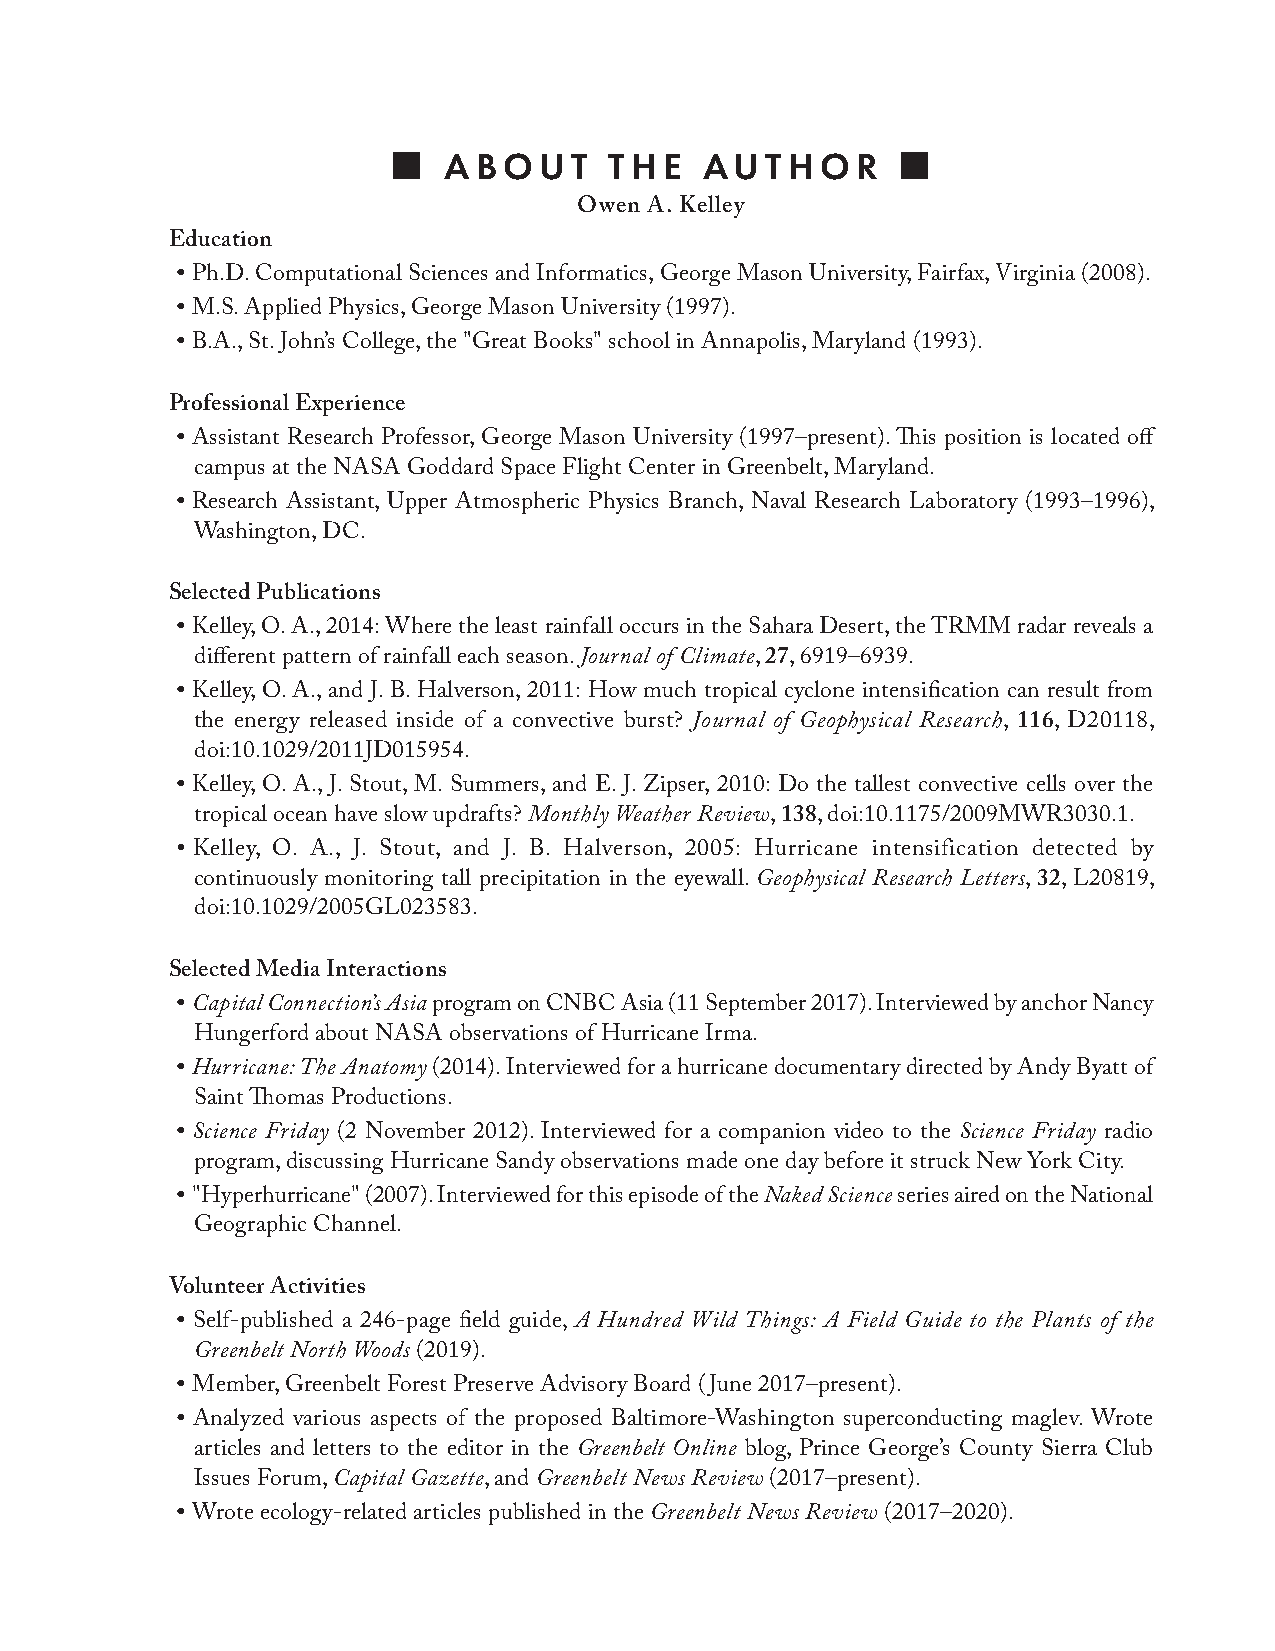
  ABOUT      THE    AUTHOR      
 Owen A Kelley
 Education
 •
 Ph.D. Computational Sciences and Informatics, George Mason University, Fairfax, Virginia (2008).
 •
 M.S. Applied Physics, George Mason University (1997).
 •
 B.A., St. John’s College, the "Great Books" school in Annapolis, Maryland (1993).
 Professional Experience
 •
 Assistant Research Professor, George Mason University (1997–present). This position is located off
 campus at the NASA Goddard Space Flight Center in Greenbelt, Maryland.
 •
 Research Assistant, Upper Atmospheric Physics Branch, Naval Research Laboratory (1993–1996),
 Washington, DC.
 Selected Publications
 •
 Kelley, O. A., 2014: Where the least rainfall occurs in the Sahara Desert, the TRMM radar reveals a
 different pattern of rainfall each season. Journal of Climate, 27, 6919–6939.
 •
 Kelley, O. A., and J. B. Halverson, 2011: How much tropical cyclone intensification can result from
 the energy released inside of a convective burst? Journal of Geophysical Research, 116, D20118,
 doi:10.1029/2011JD015954.
 •
 Kelley, O. A., J. Stout, M. Summers, and E. J. Zipser, 2010: Do the tallest convective cells over the
 tropical ocean have slow updrafts? Monthly Weather Review, 138, doi:10.1175/2009MWR3030.1.
 •
 Kelley, O. A., J. Stout, and J. B. Halverson, 2005: Hurricane intensification detected by
 continuously monitoring tall precipitation in the eyewall. Geophysical Research Letters, 32, L20819,
 doi:10.1029/2005GL023583.
 Selected Media Interactions
 •
 Capital Connection’s Asia program on CNBC Asia (11 September 2017). Interviewed by anchor Nancy
 Hungerford about NASA observations of Hurricane Irma.
 •
 Hurricane: The Anatomy (2014). Interviewed for a hurricane documentary directed by Andy Byatt of
 Saint Thomas Productions.
 •
 Science Friday (2 November 2012). Interviewed for a companion video to the Science Friday radio
 program, discussing Hurricane Sandy observations made one day before it struck New York City.
 •
 "Hyperhurricane" (2007). Interviewed for this episode of the Naked Science series aired on the National
 Geographic Channel.
 Volunteer Activities
 •
 Self-published a 246-page field guide, A Hundred Wild Things: A Field Guide to the Plants of the
 Greenbelt North Woods (2019).
 •
 Member, Greenbelt Forest Preserve Advisory Board (June 2017–present).
 •
 Analyzed various aspects of the proposed Baltimore-Washington superconducting maglev. Wrote
 articles and letters to the editor in the Greenbelt Online blog, Prince George’s County Sierra Club
 Issues Forum, Capital Gazette, and Greenbelt News Review (2017–present).
 •
 Wrote ecology-related articles published in the Greenbelt News Review (2017–2020).